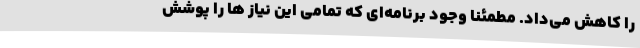
را کاهش می‌داد. مطمئنا وجود برنامه‌ای که تمامی این نیاز ها را پوشش